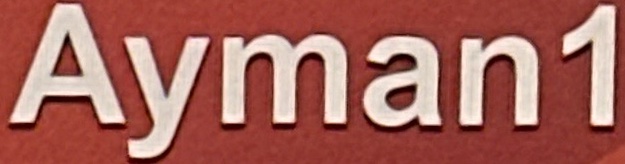
Ayman1